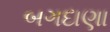
બગદાણા